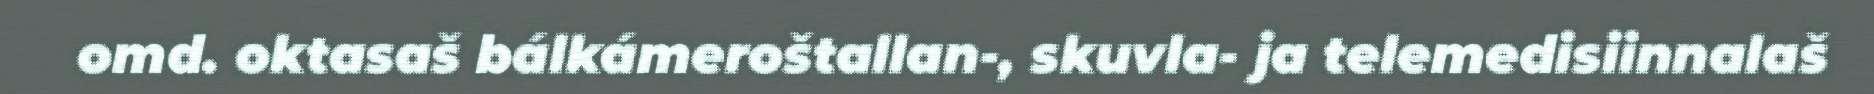
omd. oktasaš bálkámeroštallan-, skuvla- ja telemedisiinnalaš